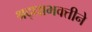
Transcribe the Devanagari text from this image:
श्रद्धाभक्तीने